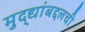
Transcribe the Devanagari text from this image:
मुद्द्यांबद्दलची